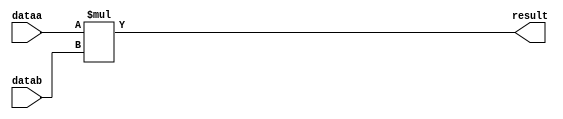
//lpm_mult CBX_DECLARE_ALL_CONNECTED_PORTS="OFF" DEVICE_FAMILY="Cyclone V" DSP_BLOCK_BALANCING="Auto" INPUT_B_IS_CONSTANT="YES" LPM_REPRESENTATION="SIGNED" LPM_WIDTHA=18 LPM_WIDTHB=18 LPM_WIDTHP=36 LPM_WIDTHS=1 MAXIMIZE_SPEED=5 dataa datab result CARRY_CHAIN="MANUAL" CARRY_CHAIN_LENGTH=48
//VERSION_BEGIN 17.1 cbx_cycloneii 2017:10:25:18:06:53:SJ cbx_lpm_add_sub 2017:10:25:18:06:53:SJ cbx_lpm_mult 2017:10:25:18:06:53:SJ cbx_mgl 2017:10:25:18:08:29:SJ cbx_nadder 2017:10:25:18:06:53:SJ cbx_padd 2017:10:25:18:06:53:SJ cbx_stratix 2017:10:25:18:06:53:SJ cbx_stratixii 2017:10:25:18:06:53:SJ cbx_util_mgl 2017:10:25:18:06:53:SJ  VERSION_END
// synthesis VERILOG_INPUT_VERSION VERILOG_2001
// altera message_off 10463



// Copyright (C) 2017  Intel Corporation. All rights reserved.
//  Your use of Intel Corporation's design tools, logic functions 
//  and other software and tools, and its AMPP partner logic 
//  functions, and any output files from any of the foregoing 
//  (including device programming or simulation files), and any 
//  associated documentation or information are expressly subject 
//  to the terms and conditions of the Intel Program License 
//  Subscription Agreement, the Intel Quartus Prime License Agreement,
//  the Intel FPGA IP License Agreement, or other applicable license
//  agreement, including, without limitation, that your use is for
//  the sole purpose of programming logic devices manufactured by
//  Intel and sold by Intel or its authorized distributors.  Please
//  refer to the applicable agreement for further details.



//synthesis_resources = 
//synopsys translate_off
`timescale 1 ps / 1 ps
//synopsys translate_on
module  mult_vmq
	( 
	dataa,
	datab,
	result) /* synthesis synthesis_clearbox=1 */;
	input   [17:0]  dataa;
	input   [17:0]  datab;
	output   [35:0]  result;

	wire signed	[17:0]    dataa_wire;
	wire signed	[17:0]    datab_wire;
	wire signed	[35:0]    result_wire;



	assign dataa_wire = dataa;
	assign datab_wire = datab;
	assign result_wire = dataa_wire * datab_wire;
	assign result = ({result_wire[35:0]});

endmodule //mult_vmq
//VALID FILE